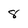
Character: 8